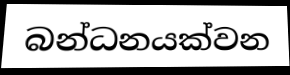
බන්ධනයක්වන